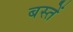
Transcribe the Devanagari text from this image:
बस्‍तें